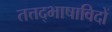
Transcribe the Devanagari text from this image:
तत्तद्भाषाविदों